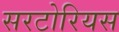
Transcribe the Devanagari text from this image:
सरटोरियस